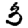
Digit: 3